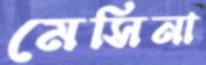
মেসিনা